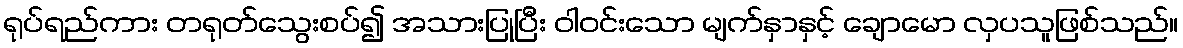
ရုပ်ရည်ကား တရုတ်သွေးစပ်၍ အသားပြုပြီး ဝါဝင်းသော မျက်နှာနှင့် ချောမော လှပသူဖြစ်သည်။